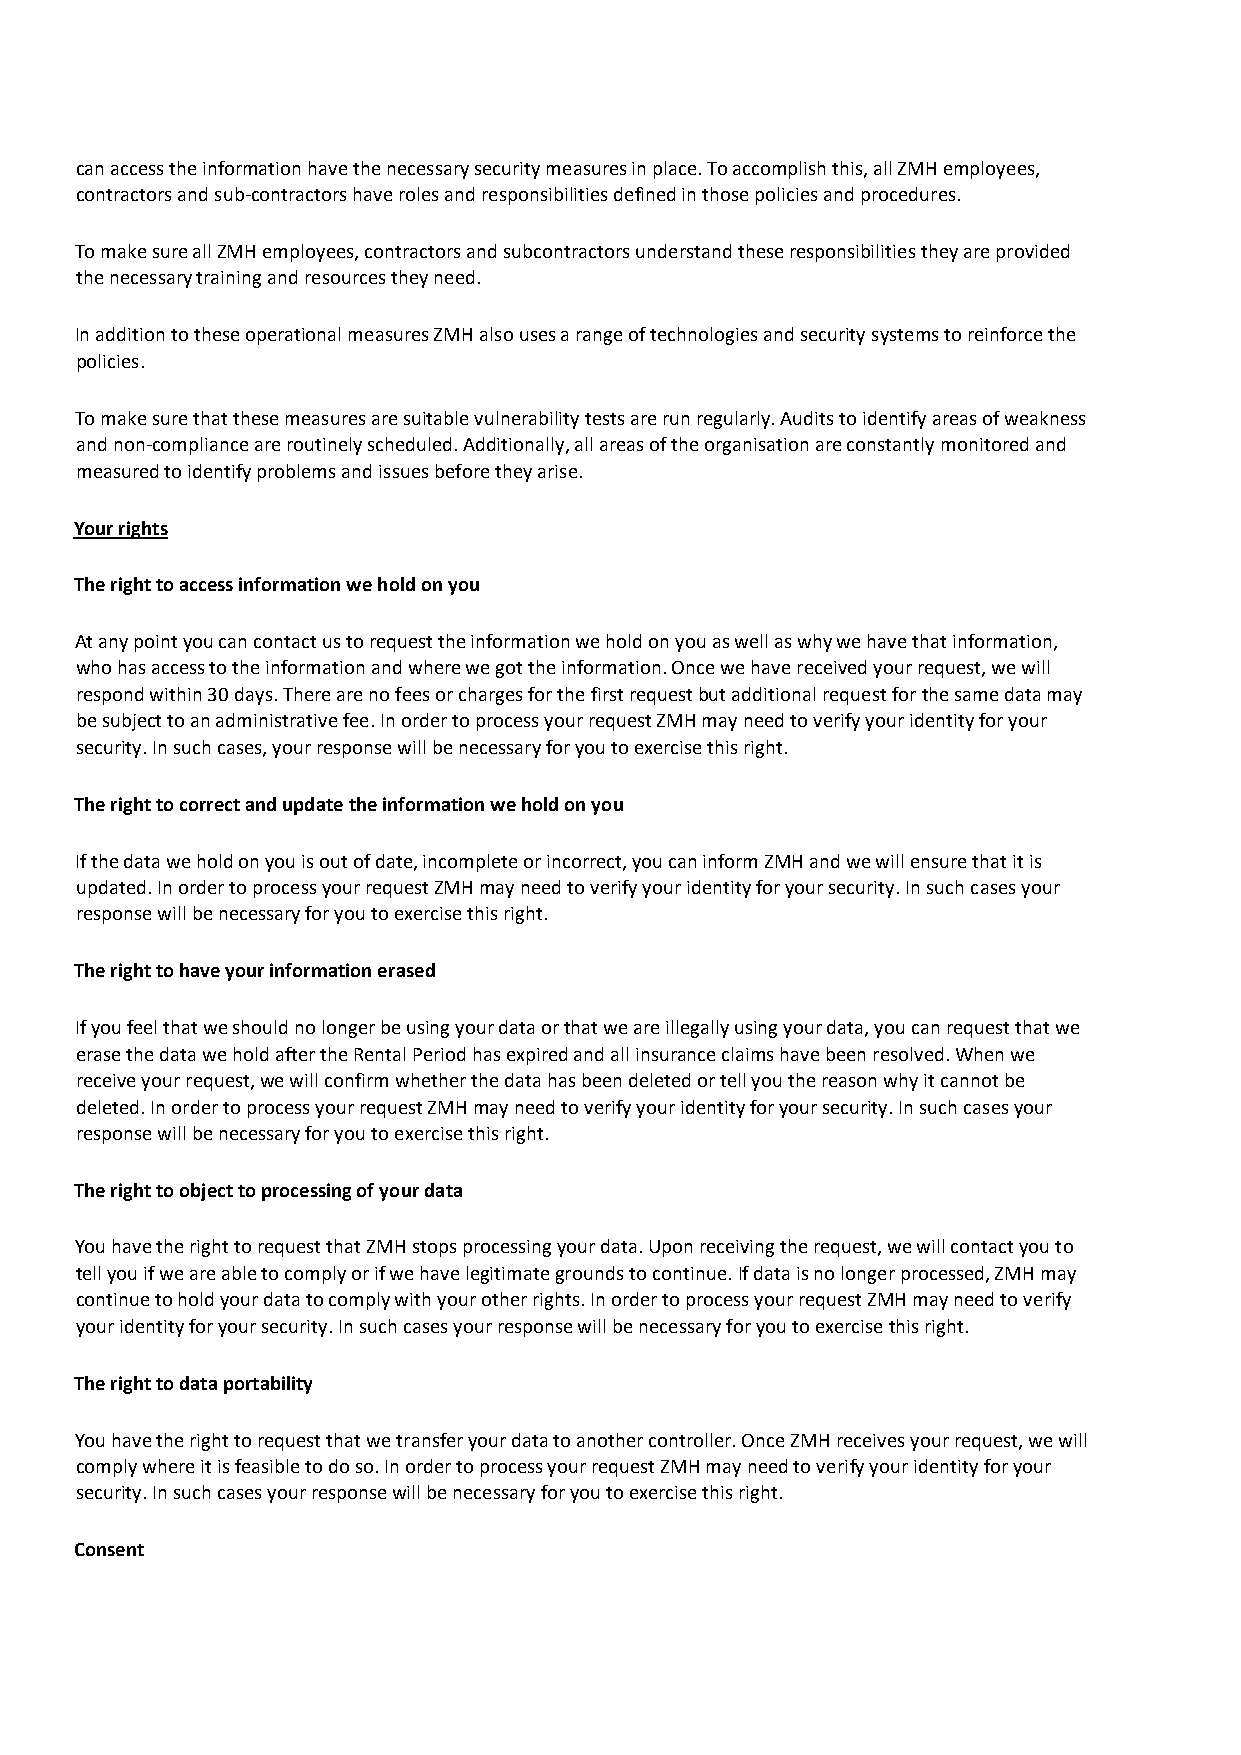
can access the information have the necessary security measures in place. To accomplish this, all ZMH employees,
 contractors and sub-contractors have roles and responsibilities defined in those policies and procedures.
 To make sure all ZMH employees, contractors and subcontractors understand these responsibilities they are provided
 the necessary training and resources they need.
 In addition to these operational measures ZMH also uses a range of technologies and security systems to reinforce the
 policies.
 To make sure that these measures are suitable vulnerability tests are run regularly. Audits to identify areas of weakness
 and non-compliance are routinely scheduled. Additionally, all areas of the organisation are constantly monitored and
 measured to identify problems and issues before they arise.
 Your rights
 The right to access information we hold on you
 At any point you can contact us to request the information we hold on you as well as why we have that information,
 who has access to the information and where we got the information. Once we have received your request, we will
 respond within 30 days. There are no fees or charges for the first request but additional request for the same data may
 be subject to an administrative fee. In order to process your request ZMH may need to verify your identity for your
 security. In such cases, your response will be necessary for you to exercise this right.
 The right to correct and update the information we hold on you
 If the data we hold on you is out of date, incomplete or incorrect, you can inform ZMH and we will ensure that it is
 updated. In order to process your request ZMH may need to verify your identity for your security. In such cases your
 response will be necessary for you to exercise this right.
 The right to have your information erased
 If you feel that we should no longer be using your data or that we are illegally using your data, you can request that we
 erase the data we hold after the Rental Period has expired and all insurance claims have been resolved. When we
 receive your request, we will confirm whether the data has been deleted or tell you the reason why it cannot be
 deleted. In order to process your request ZMH may need to verify your identity for your security. In such cases your
 response will be necessary for you to exercise this right.
 The right to object to processing of your data
 You have the right to request that ZMH stops processing your data. Upon receiving the request, we will contact you to
 tell you if we are able to comply or if we have legitimate grounds to continue. If data is no longer processed, ZMH may
 continue to hold your data to comply with your other rights. In order to process your request ZMH may need to verify
 your identity for your security. In such cases your response will be necessary for you to exercise this right.
 The right to data portability
 You have the right to request that we transfer your data to another controller. Once ZMH receives your request, we will
 comply where it is feasible to do so. In order to process your request ZMH may need to verify your identity for your
 security. In such cases your response will be necessary for you to exercise this right.
 Consent